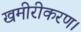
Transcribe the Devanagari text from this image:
खमीरीकरण।